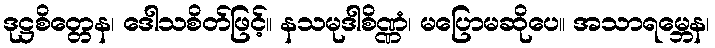
ဒုဋ္ဌစိတ္တေန၊ ဒေါသစိတ်ဖြင့်။ နသမုဒါစိဏ္ဏံ၊ မပြောမဆိုပေ။ အသာရမ္ဘေန၊